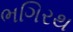
ભગિરથ